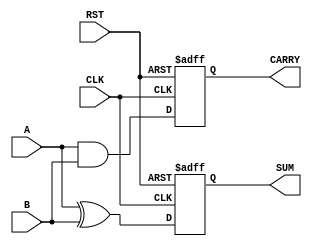
module SequentialHalfAdder (
    input wire A,        // First input bit
    input wire B,        // Second input bit
    input wire CLK,      // Clock signal
    input wire RST,      // Asynchronous reset
    output reg SUM,      // Sum output
    output reg CARRY     // Carry output
);

// Intermediate signals for sum and carry
wire sum_next;
wire carry_next;

assign sum_next = A ^ B;      // Sum is A XOR B
assign carry_next = A & B;    // Carry is A AND B

// Sequential logic to hold state
always @(posedge CLK or posedge RST) begin
    if (RST) begin
        SUM <= 1'b0;           // Reset SUM to 0
        CARRY <= 1'b0;         // Reset CARRY to 0
    end else begin
        SUM <= sum_next;       // Update SUM on clock edge
        CARRY <= carry_next;   // Update CARRY on clock edge
    end
end

endmodule